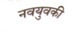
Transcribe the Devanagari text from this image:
नवयुवकी